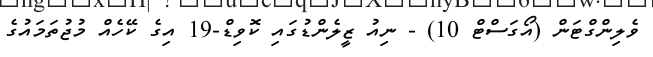
ވެލިންގްޓަން (އޯގަސްޓް 10) - ނިއު ޒީލެންޑުގައި ކޮވިޑް-19 އިގެ ކޭހެއް މުޖުތަމައުގެ